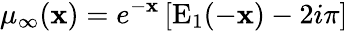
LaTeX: \mu_{\infty}(\mathbf{x})=e^{-\mathbf{x}}\left[\mathrm{{E}}_{1}(-\mathbf{x})-2i\pi\right]